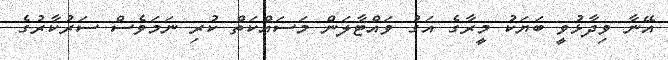
އޭނާ ވިދާޅުވީ ބަޔަކު މީރާގެ އަގު ވައްޓާލަން މަސައްކަތް ކުރި ނަމަވެސް ސަރުކާރުގެ